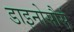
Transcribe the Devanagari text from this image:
डाइनोसौर्स